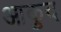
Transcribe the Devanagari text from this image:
आकुद